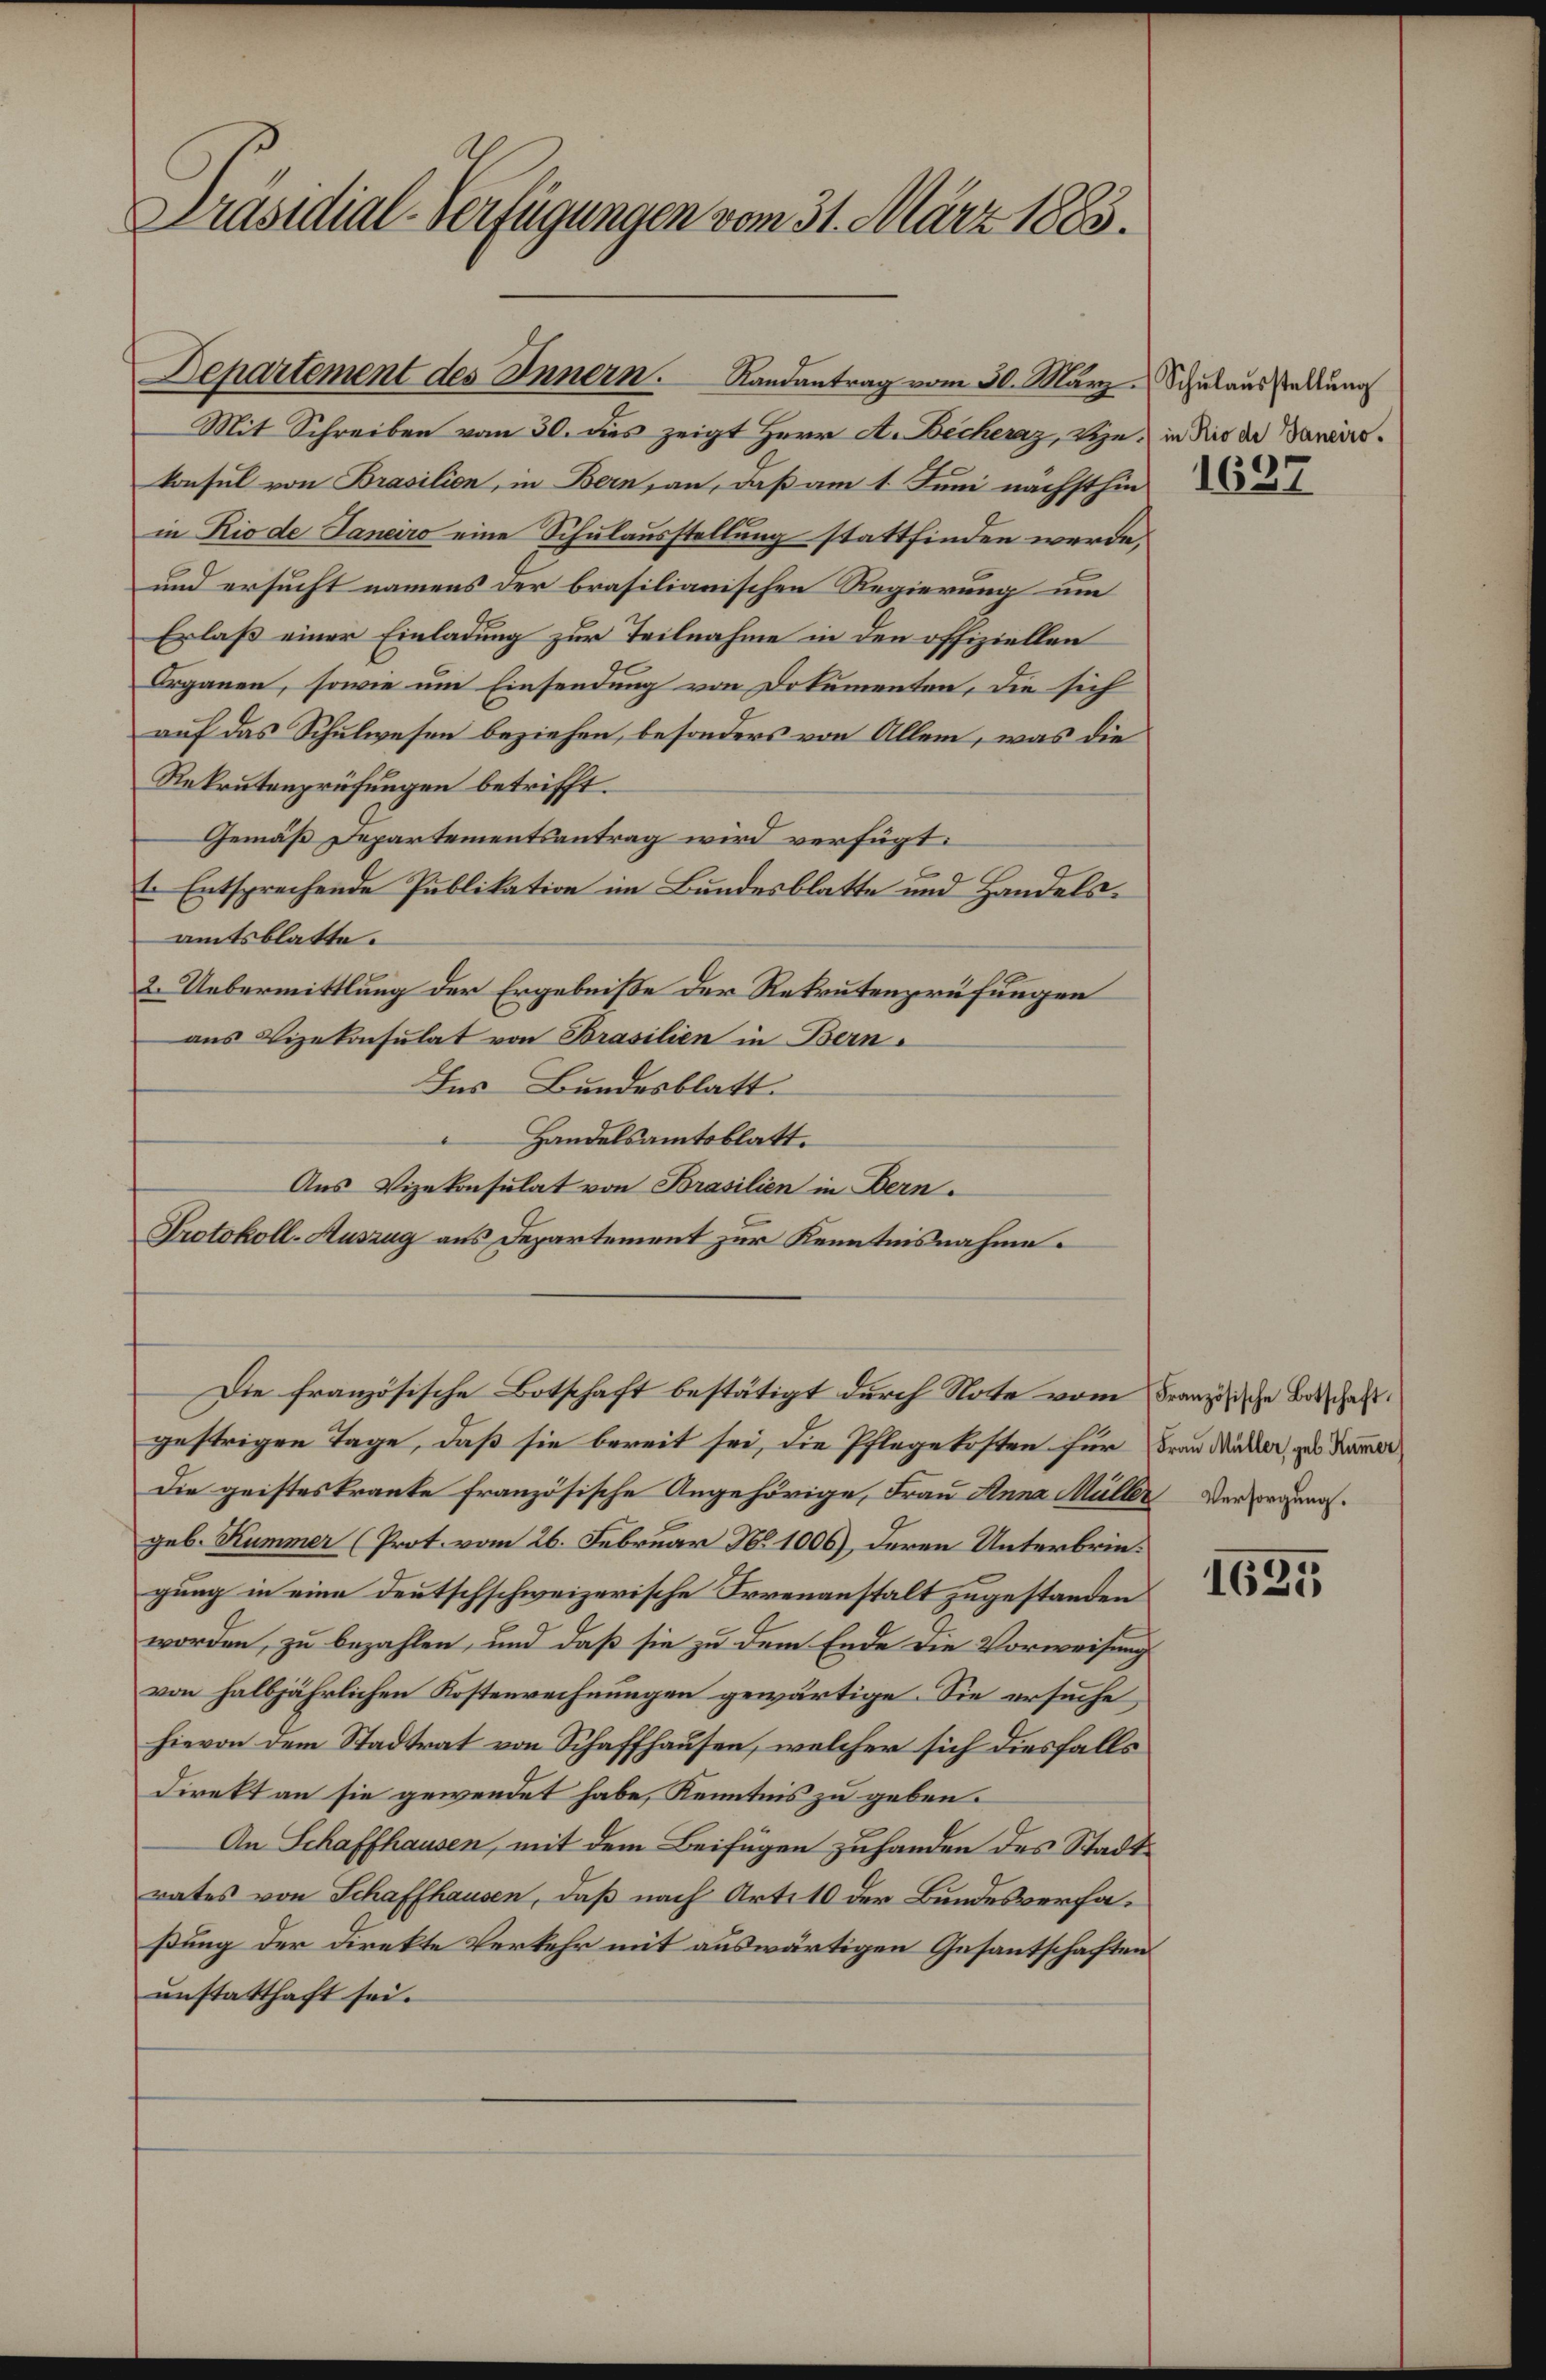
Präsidial-Verfügungen vom 31. März 1883.

Departement des Innern. Randantrag vom 30. März - Schulausstellung

Mit Schreiben vom 30. dies zeigt Herr A. Becheraz, vie; in dies der Dauerskonsul von Brasilion, in Bern, an, daß am 1. Juni nächsthin
in Rio de Janeiro eine Schulausstellung stattfinden werde,
und ersucht namens der brasilianischen Regierung um
Erlaß einer Einladung zur Teilnahme in den offiziellen
Organen, sowie um Einsendung von Dokumenten, die sich
auf das Schulwesen beziehen, besonders von Allem, was die
Rekrutenprüfungen betrifft.
Gemäß Departementsantrag wird verfügt:
t. Entsprechende Publikation im Bundesblatte und Handelsamtsblatte.
2. Uebermittlung der Ergebniße der Rekrutenprüfungen
aus Vizekonsulat von Brasilien in Bern.
Ins Bundesblatt.
Handelsamtsblatt.
Aus Vizekonsulat von Brasilien in Bern.
Protokoll-Auszug aus Departement zur Kenntnisnahme.
Die französische Botschaft bestätigt durch Note vom Französische Botschaftgestrigen Tage, daß sie bereit sei, die Pflegekosten für Frau Mutter, gab Kamer
Die geisteskranke französische Angehörige, Frau Anna Müller Versorgung.
geb. Kummer (Prot. vom 26. Februar No 1006), deren Unterbringung in eine deutschschweizerische Irrenanstalt zugestanden
worden, zu bezahlen, und daß sie zu dem Ende die Vorweisung
von halbjährlichen Kostenrechnungen gewärtige. Sie ersuche,
hievon dem Stadtrat von Schaffhausen, welcher sich diesfalls
Direkt an sie gewendet habe, Kenntnis zu geben.
An Schaffhausen, mit dem Beifügen zuhanden des Stadtrates von Schaffhausen, daß nach Art. 10 der Bundesverfaßung der Direkte Verkehr mit auswärtigen Gesantschaften
unstatthaft sei.

1637

1635